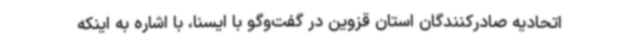
اتحادیه صادرکنندگان استان قزوین در گفت‌وگو با ایسنا، با اشاره به اینکه